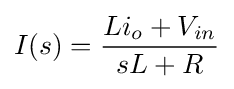
I(s)={\frac {Li_{o}+V_{in}}{sL+R}}